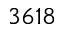
3 6 1 8